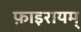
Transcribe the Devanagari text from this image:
फ़ाइरायम्